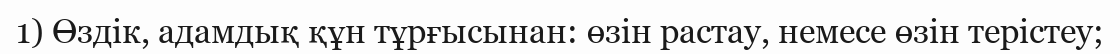
1) Өздік, адамдық құн тұрғысынан: өзін растау, немесе өзін терістеу;